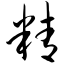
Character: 精